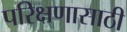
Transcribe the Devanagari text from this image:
परिक्षणासाठी